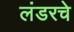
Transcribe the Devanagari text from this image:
लंडरचे